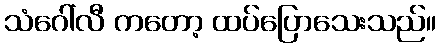
သံဂေါ်လီ ကတော့ ထပ်ပြောသေးသည်။